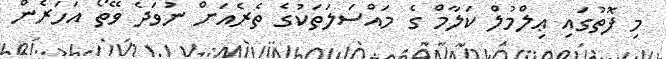
މި ފޮތުގައި ޢިލްމުލް ކަލާމް ގެ މައްސަލަތަކުގެ ތެރެއަށް ނުވަދެ ވޭތޯ އަހަރެން